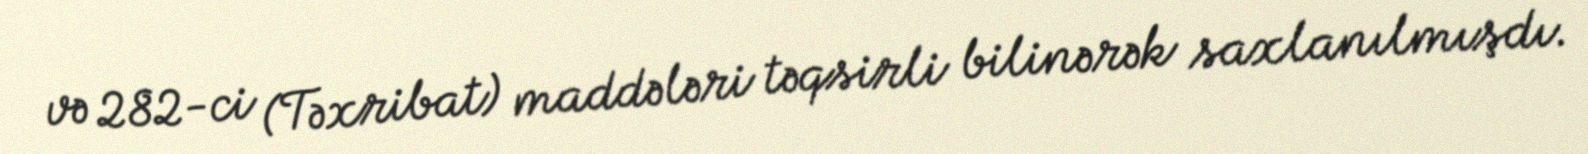
və 282-ci (Təxribat) maddələri təqsirli bilinərək saxlanılmışdı.